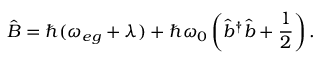
\hat { B } = \hbar ( \omega _ { e g } + \lambda ) + \hbar \omega _ { 0 } \left( \hat { b } ^ { \dagger } \hat { b } + \frac { 1 } { 2 } \right) .